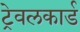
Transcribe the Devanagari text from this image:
ट्रेवलकार्ड